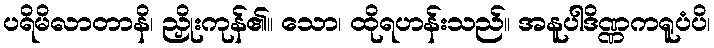
ပရိမိလာတာနိ၊ ညှိုးကုန်၏။ သော၊ ထိုရဟန်းသည်။ အနူပါဒိဏ္ဏကရူပံပိ၊